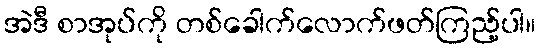
အဲဒီ စာအုပ်ကို တစ်ခေါက်လောက်ဖတ်ကြည့်ပါ။